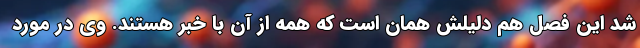
شد این فصل هم دلیلش همان است که همه از آن با خبر هستند. وی در مورد